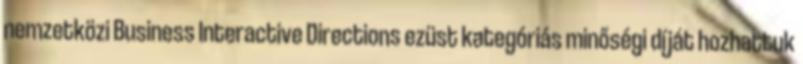
nemzetközi Business Interactive Directions ezüst kategóriás minőségi díját hozhattuk